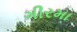
ગીરમા